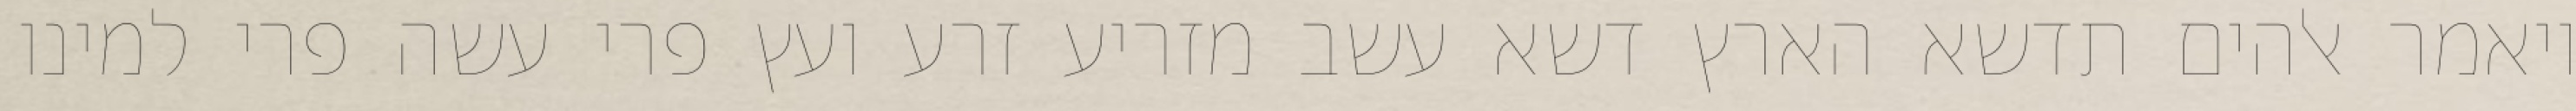
ויאמר אלהים תדשא הארץ דשא עשב מזריע זרע ועץ פרי עשה פרי למינו